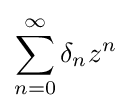
\sum _{n=0}^{\infty }\delta _{n}z^{n}